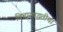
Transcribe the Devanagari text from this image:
विचारपद्धतीचा